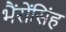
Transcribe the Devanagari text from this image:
भैंरोंसिंह